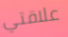
علاقتي